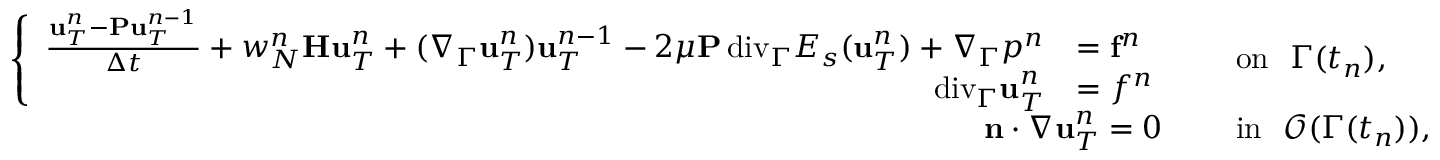
\begin{array} { r l } { \left\{ \begin{array} { r l } { \frac { \mathbf u _ { T } ^ { n } - \mathbf P \mathbf u _ { T } ^ { n - 1 } } { \Delta t } + w _ { N } ^ { n } \mathbf H \mathbf u _ { T } ^ { n } + ( \nabla _ { \Gamma } \mathbf u _ { T } ^ { n } ) \mathbf u _ { T } ^ { n - 1 } - 2 \mu \mathbf P { \mathop { \, \mathrm { d i v } } } _ { \Gamma } E _ { s } ( \mathbf u _ { T } ^ { n } ) + \nabla _ { \Gamma } p ^ { n } } & { = \mathbf f ^ { n } } \\ { { \mathop { \, \mathrm { d i v } } } _ { \Gamma } \mathbf u _ { T } ^ { n } } & { = f ^ { n } } \end{array} \right. \quad } & { \mathrm { o n } ~ ~ \Gamma ( t _ { n } ) , } \\ { \mathbf n \cdot \nabla \mathbf u _ { T } ^ { n } = 0 ~ \quad } & { \mathrm { i n } ~ ~ \mathcal { O } ( \Gamma ( t _ { n } ) ) , } \end{array}